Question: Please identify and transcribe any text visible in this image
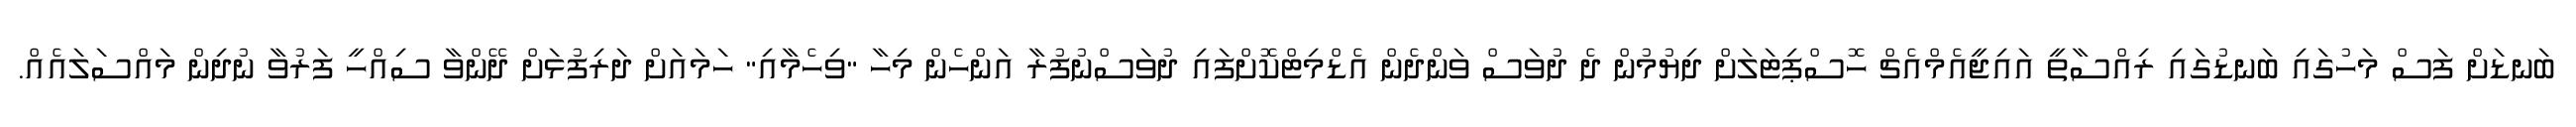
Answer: ބަނޑަށް ފަސް މަހުގައި ބަނޑުގައި ރިއްސާތީ އައިޖީއެމްއެޗް ހޮސްޕިޓަލަށް ދިޔުމުން ދެ ދުވަސް ވަންދެން އެޑްމިޓްކޮށްފައި ދުވަސްނުފުރާ އަންހެން މިހާ "ވިހެމާއި" ހަމައަށް ދަރިފުޅަށް ދޭންވާ ސިއްހީ ފަރުވާ ނުދިން މައްސަލައެއް.